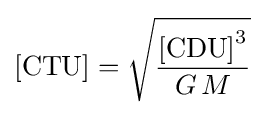
{\text{[CTU]}}={\sqrt {\frac {{\text{[CDU]}}^{3}}{G\,M}}}~